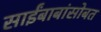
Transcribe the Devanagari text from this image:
साईंबाबांसोबत